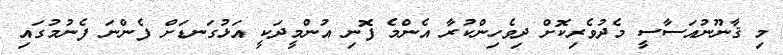
މި ޤާނޫނުއަސާސީ މެދުވެރިކޮށް ދިވެހިންކުރާ އެންމެ ފޮނި އުންމީދަކީ އަޅުގަނޑަށް ފެންނަ ފެނުމުގައި